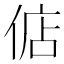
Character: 𫢶